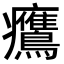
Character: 𤼡